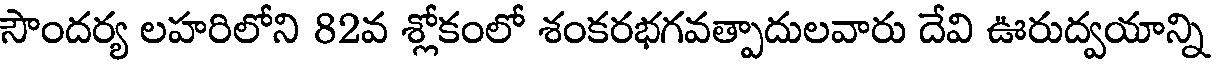
సౌందర్య లహరిలోని 82వ శ్లోకంలో శంకరభగవత్పాదులవారు దేవి ఊరుద్వయాన్ని